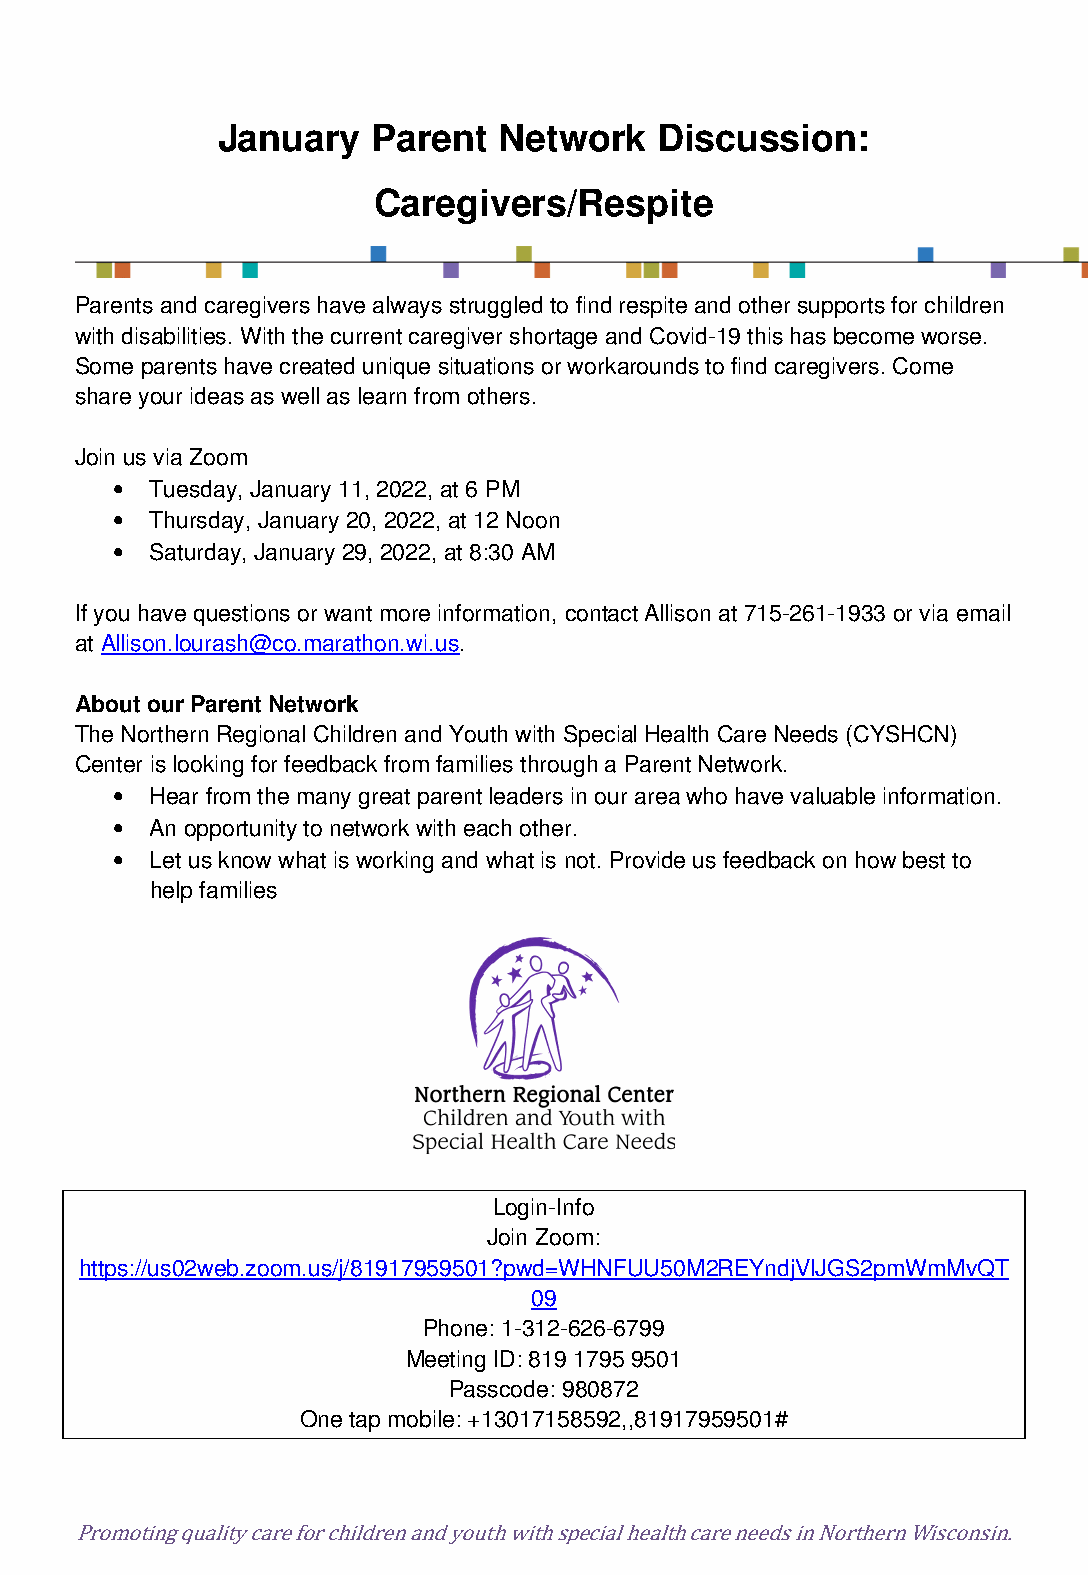
January    Parent  Network    Discussion:
 Caregivers/Respite
 Parents and caregivers have always struggled to find respite and other supports for children
 with disabilities. With the current caregiver shortage and Covid-19 this has become worse.
 Some parents have created unique situations or workarounds to find caregivers. Come
 share your ideas as well as learn from others.
 Join us via Zoom
 •  Tuesday, January 11, 2022, at 6 PM
 •  Thursday, January 20, 2022, at 12 Noon
 •  Saturday, January 29, 2022, at 8:30 AM
 If you have questions or want more information, contact Allison at 715-261-1933 or via email
 at Allison.lourash@co.marathon.wi.us.
 About our Parent Network
 The Northern Regional Children and Youth with Special Health Care Needs (CYSHCN)
 Center is looking for feedback from families through a Parent Network.
 •  Hear from the many great parent leaders in our area who have valuable information.
 •  An opportunity to network with each other.
 •  Let us know what is working and what is not. Provide us feedback on how best to
 help families
 Login-Info
 Join Zoom:
 https://us02web.zoom.us/j/81917959501?pwd=WHNFUU50M2REYndjVlJGS2pmWmMvQT
 09
 Phone: 1-312-626-6799
 Meeting ID: 819 1795 9501
 Passcode: 980872
 One tap mobile: +13017158592,,81917959501#
 Promoting quality care for children and youth with special health care needs in Northern Wisconsin.